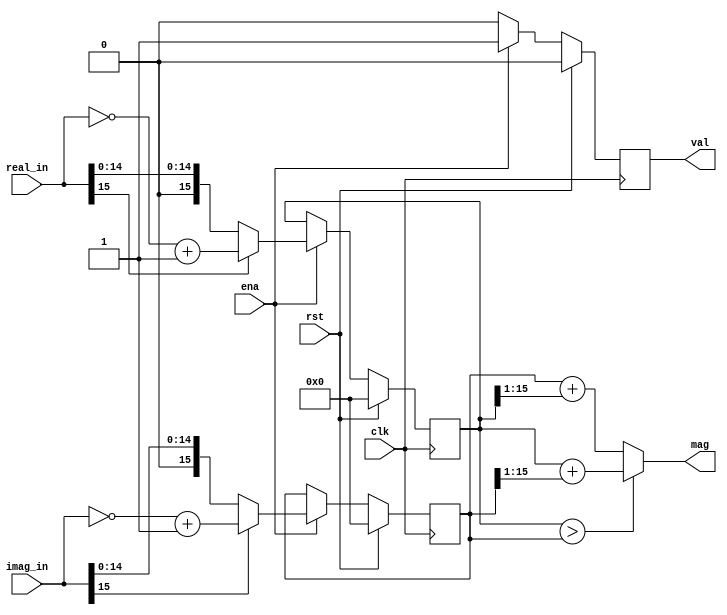
`timescale 1ns / 1ps
//////////////////////////////////////////////////////////////////////////////////
// Company: 
// Engineer: 
// 
// Design Name: 
// Module Name:    Appr_Mag 
// Project Name: 
// Target Devices: 
// Tool versions: 
// Description: 
//
// Dependencies: 
//
// Revision: 
// Revision 0.01 - File Created
// Additional Comments: 
//
//////////////////////////////////////////////////////////////////////////////////
module Appr_Mag #(parameter WIDTH = 16)(
	input 						clk, rst, ena,
	input 	[WIDTH-1:0] 	real_in, imag_in,
	output	[WIDTH:0]		mag,
	output 						val
	
    );

reg	[WIDTH-1:0] real_abs, imag_abs;
reg	ena_abs;
always@(posedge clk)
begin	
	if(rst) begin
		ena_abs 	<= 1'b0;
		real_abs <= 0;
		imag_abs	<= 0;
		end
	else if(ena) begin
		ena_abs 	<= 1'b1;
		real_abs <= (real_in[WIDTH-1])? (~real_in + 1'b1): real_in;
		imag_abs	<= (imag_in[WIDTH-1])? (~imag_in + 1'b1): imag_in;
		end
	else ena_abs <= 1'b0;
end

assign	mag 	= (real_abs > imag_abs)? (real_abs + (imag_abs>>1)): (imag_abs + (real_abs>>1));
assign  	val	= ena_abs;


endmodule